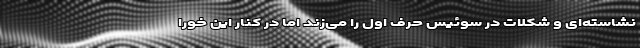
نشاسته‌ای و شکلات در سوئیس حرف اول را می‌زند اما در کنار این خورا